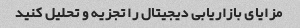
مزایای بازاریابی دیجیتال را تجزیه و تحلیل کنید